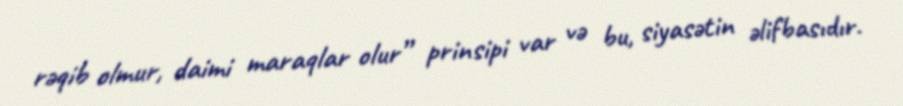
rəqib olmur, daimi maraqlar olur” prinsipi var və bu, siyasətin əlifbasıdır.